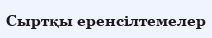
Сыртқы еренсілтемелер